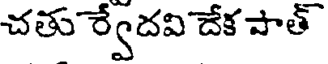
చతు ర్వేదవి దేక పాత్